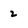
Character: 2